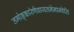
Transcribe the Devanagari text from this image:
तमोङ्कारेणैवायतनेनान्वेति